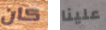
كان علينا